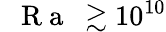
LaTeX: \mathrm{~\textit~{~R~a~}~}\gtrsim 10^{10}